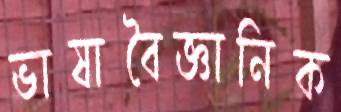
ভাষাবৈজ্ঞানিক